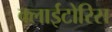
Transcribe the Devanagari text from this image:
क्लाईटोरिस